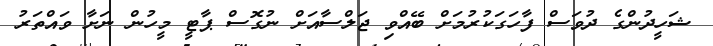
ޝަހީދުންގެ ދުވަސް ފާހަގަކުރުމަށް ބޭއްވި ޖަލްސާއަށް ނުގޮސް ޕާޓީ މީހުން ނަށާ ވައްތަރު